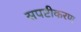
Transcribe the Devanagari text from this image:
सपष्टीकरण